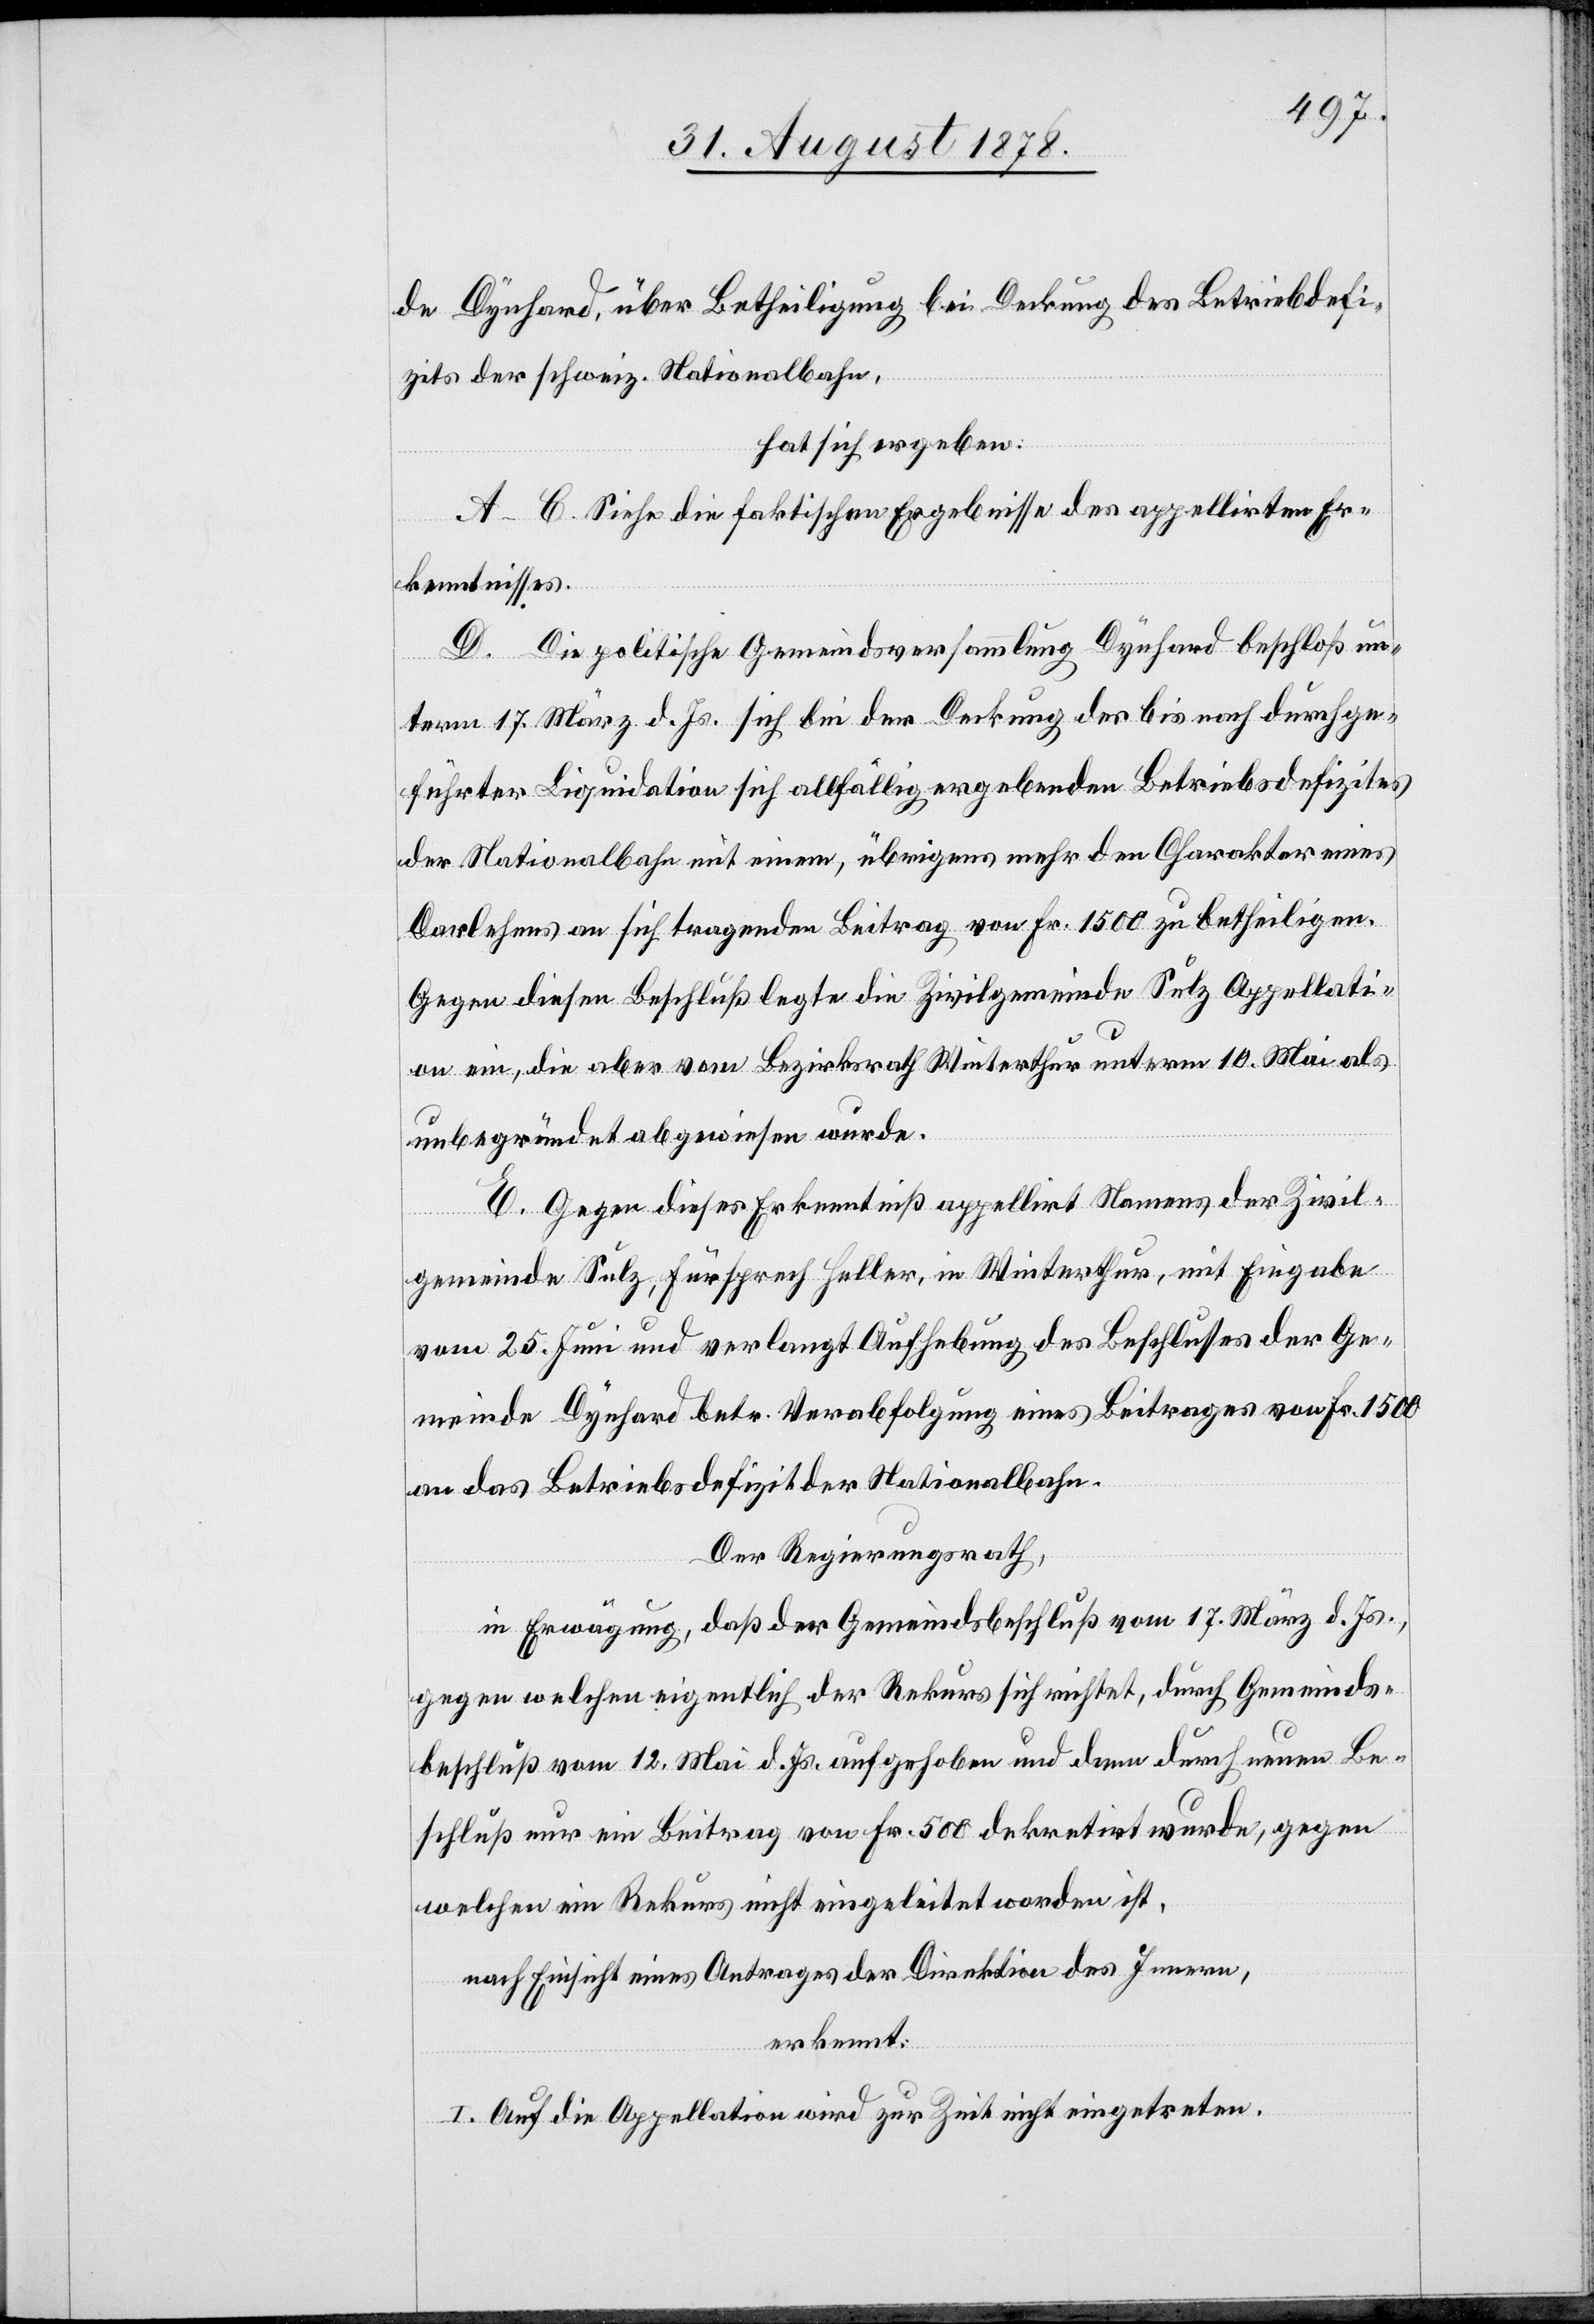
de Dynhard, über Betheiligung bei Deckung des Betriebdefi¬
zits der schweiz. Nationalbahn,
hat sich ergeben:
A–C. Siehe die faktischen Ergebnisse des appellirten Er¬
kenntnisses.
D. Die politische Gemeindsversammlung Dynhard beschloß un¬
term 17. März d. Js. sich bei der Deckung des bis nach durchge¬
führten Liquidation sich allfällig ergebenden Betriebsdefizites
der Nationalbahn mit einem, übrigens mehr den Charakter eines
Darlehens an sich tragenden Beitrag von Fr. 1500 zu betheiligen.
Gegen diesen Beschluß legte die Zivilgemeinde Sulz Appellati¬
on ein, die aber vom Bezirksrath Winterthur unterm 10. Mai als
unbegründet abgewiesen wurde.
E. Gegen dieses Erkenntniß appellirt Namens der Zivil¬
gemeinde Sulz, Fürsprech Heller, in Winterthur, mit Eingabe
vom 25. Juni und verlangt Aufhebung des Beschlusses der Ge¬
meinde Dynhard betr. Verabfolgung eines Beitrages von Fr. 1500
an das Betriebsdefizit der Nationalbahn.
Der Regierungsrath,
in Erwägung, daß der Gemeindsbeschluß vom 17. März d. Js.,
gegen welchen eigentlich der Rekurs sich richtet, durch Gemeinds¬
beschluß vom 12. Mai d. Js. aufgehoben und dann durch neuen Be¬
schluß nur ein Beitrag von Fr. 500 dekretirt wurde, gegen
welchen ein Rekurs nicht eingeleitet worden ist,
nach Einsicht eines Antrages der Direktion des Innern,
erkennt:
I. Auf die Appellation wird zur Zeit nicht eingetreten.